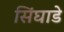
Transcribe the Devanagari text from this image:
सिंघाडे